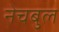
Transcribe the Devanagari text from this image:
नेचबुल